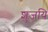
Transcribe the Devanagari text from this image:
शुजयि